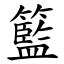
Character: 籃